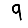
Digit: 9